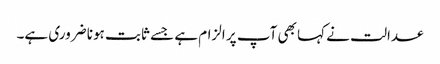
عدالت نے کہا بھی آپ پر الزام ہے جسے ثابت ہونا ضروری ہے۔